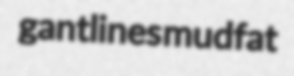
gantlines mudfat